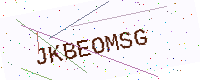
Text: JKBEOMSG